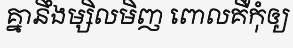
គ្នានឹងម្សិលមិញ ពោលគឺកុំឲ្យ